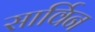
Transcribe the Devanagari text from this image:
सार्विन